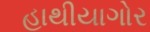
હાથીયાગોર